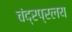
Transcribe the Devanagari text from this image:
चंद्रप्रलय